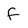
Character: F